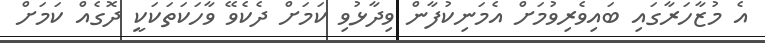
އެ މުޒާހަރާގައި ބައިވެރިވުމަށް އެމަނިކުފާން ވިދާޅުވި ކަމަށް ދެކެވޭ ވާހަކަތަކަކީ ދޮގެއް ކަމަށް